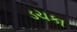
ડચકા